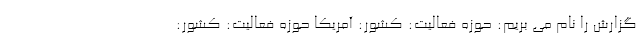
گزارش را نام می بریم: حوزه فعالیت: کشور: آمریکا حوزه فعالیت: کشور: